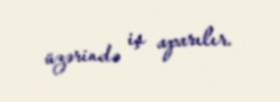
üzərində iş aparılır.